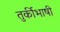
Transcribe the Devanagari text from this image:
तुर्कीभाषी